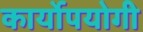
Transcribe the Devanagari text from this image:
कार्योपयोगी